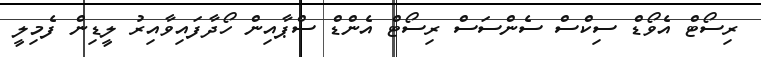
ރިސޯޓް އެވޯޑް ސިކްސް ސެންސަސް ރިސޯޓް އެންޑް ސްޕާއިން ހޯދާފައިވާއިރު ލީޑިން ފެމިލީ